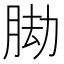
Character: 𦛕